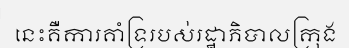
នេះគឺការគាំទ្ររបស់រដ្ឋាភិបាលក្រុង